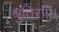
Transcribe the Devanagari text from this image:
श्रुतिरपि।